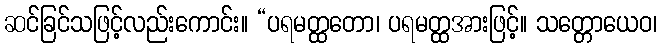
ဆင်ခြင်သဖြင့်လည်းကောင်း။ “ပရမတ္ထတော၊ ပရမတ္ထအားဖြင့်။ သတ္တောယေဝ၊